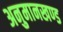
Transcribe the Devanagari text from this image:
अनुमानखण्ड